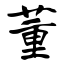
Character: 董